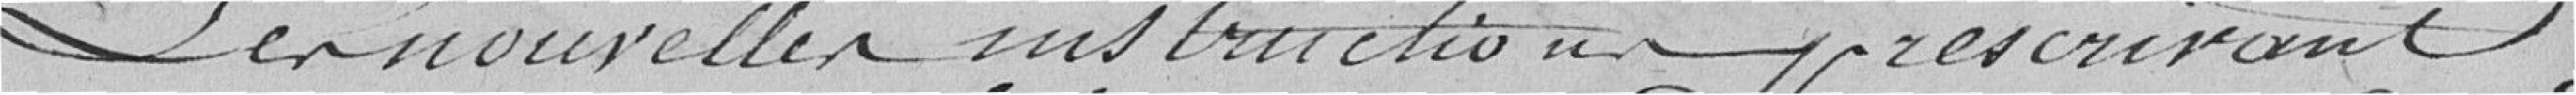
les nouvelles instructions prescrivant